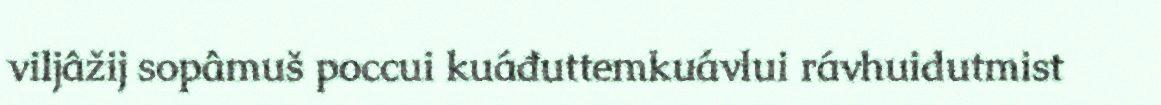
viljâžij sopâmuš poccui kuáđuttemkuávlui rávhuidutmist